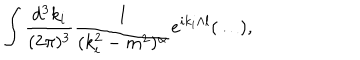
\int \frac { d ^ { 3 } k _ { i } } { ( 2 \pi ) ^ { 3 } } \frac { 1 } { ( k _ { i } ^ { 2 } - m ^ { 2 } ) ^ { \alpha } } e ^ { i k _ { i } \wedge l } ( \ldots ) ,